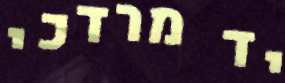
יד מרדכי